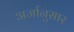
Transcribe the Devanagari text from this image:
अर्जानुसार